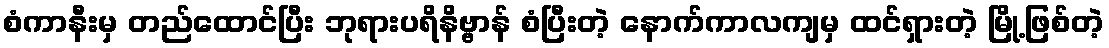
စံကာနီးမှ တည်ထောင်ပြီး ဘုရားပရိနိဗ္ဗာန် စံပြီးတဲ့ နောက်ကာလကျမှ ထင်ရှားတဲ့ မြို့ဖြစ်တဲ့